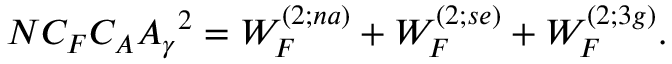
{ \cal N } C _ { F } C _ { A } { \cal { A } _ { \gamma } } ^ { 2 } = { \cal W } _ { F } ^ { ( 2 ; n a ) } + { \cal W } _ { F } ^ { ( 2 ; s e ) } + { \cal W } _ { F } ^ { ( 2 ; 3 g ) } .